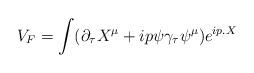
LaTeX: \begin{align*}V_F = \int (\partial_{\tau} X^{\mu} +ip\psi \gamma_{\tau}\psi^{\mu})e^{ip.X}\end{align*}